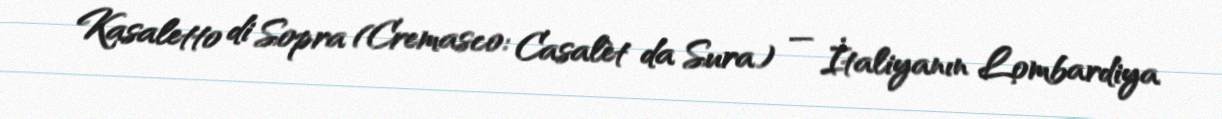
Kasaletto di Sopra (Cremasco: Casalèt da Sura) — İtaliyanın Lombardiya